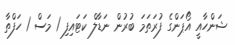
ޝަންހާއީ އޯޕަންގެ ފުރަތަމަ ބުރުން ނަޑާލް ކަޓައިފި 1 މަސް 1 ހަފްތާ